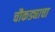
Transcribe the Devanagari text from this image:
चौकड्याचा